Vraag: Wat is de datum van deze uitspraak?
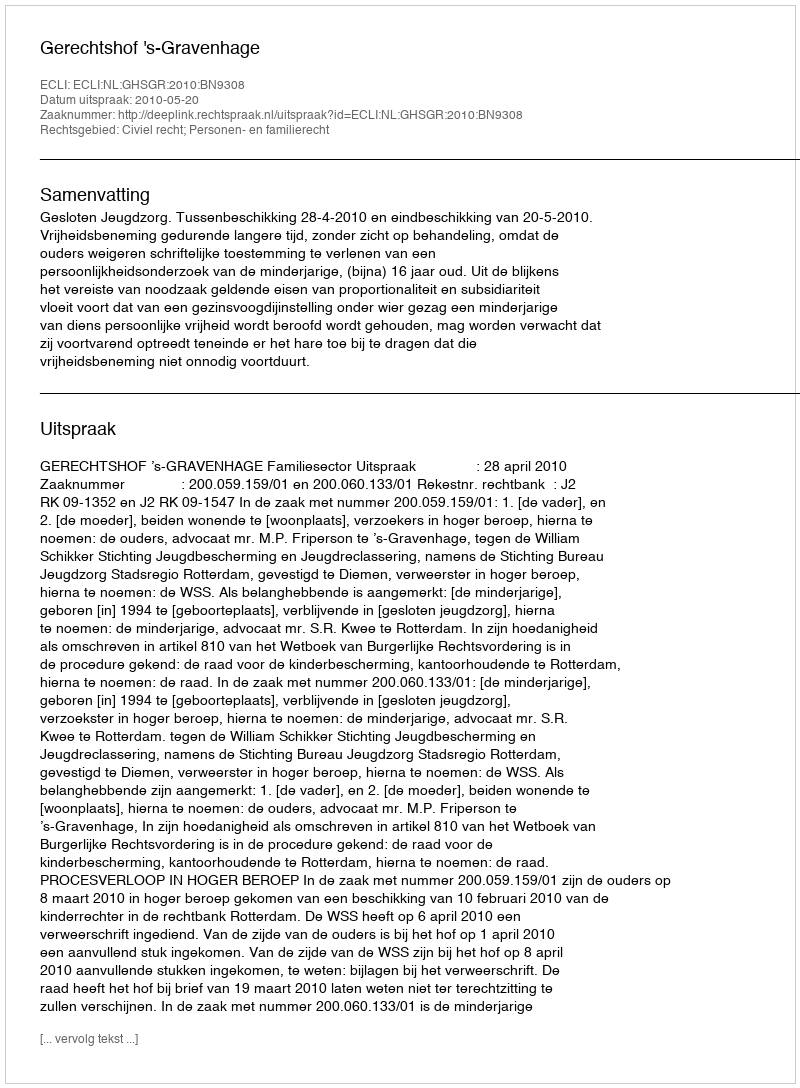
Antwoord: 2010-05-20